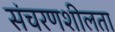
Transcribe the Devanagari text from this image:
संचरणशीलता